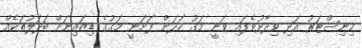
މިނިސްޓަރު އަދި ވިދާޅުވެފައި ވަނީ މަގު ހަދަން ފަށަނީ މަގުގެ ޑިޒައިނަށް ބަދަލުތަކެއް